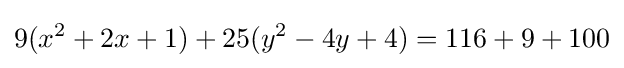
9(x^{2}+2x+1)+25(y^{2}-4y+4)=116+9+100